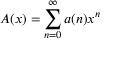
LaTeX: A ( x ) = \sum _ { n = 0 } ^ { \infty } a ( n ) x ^ { n }